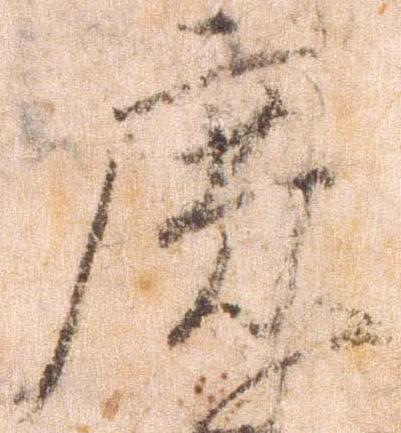
庶